Riigikantselei, lk 540
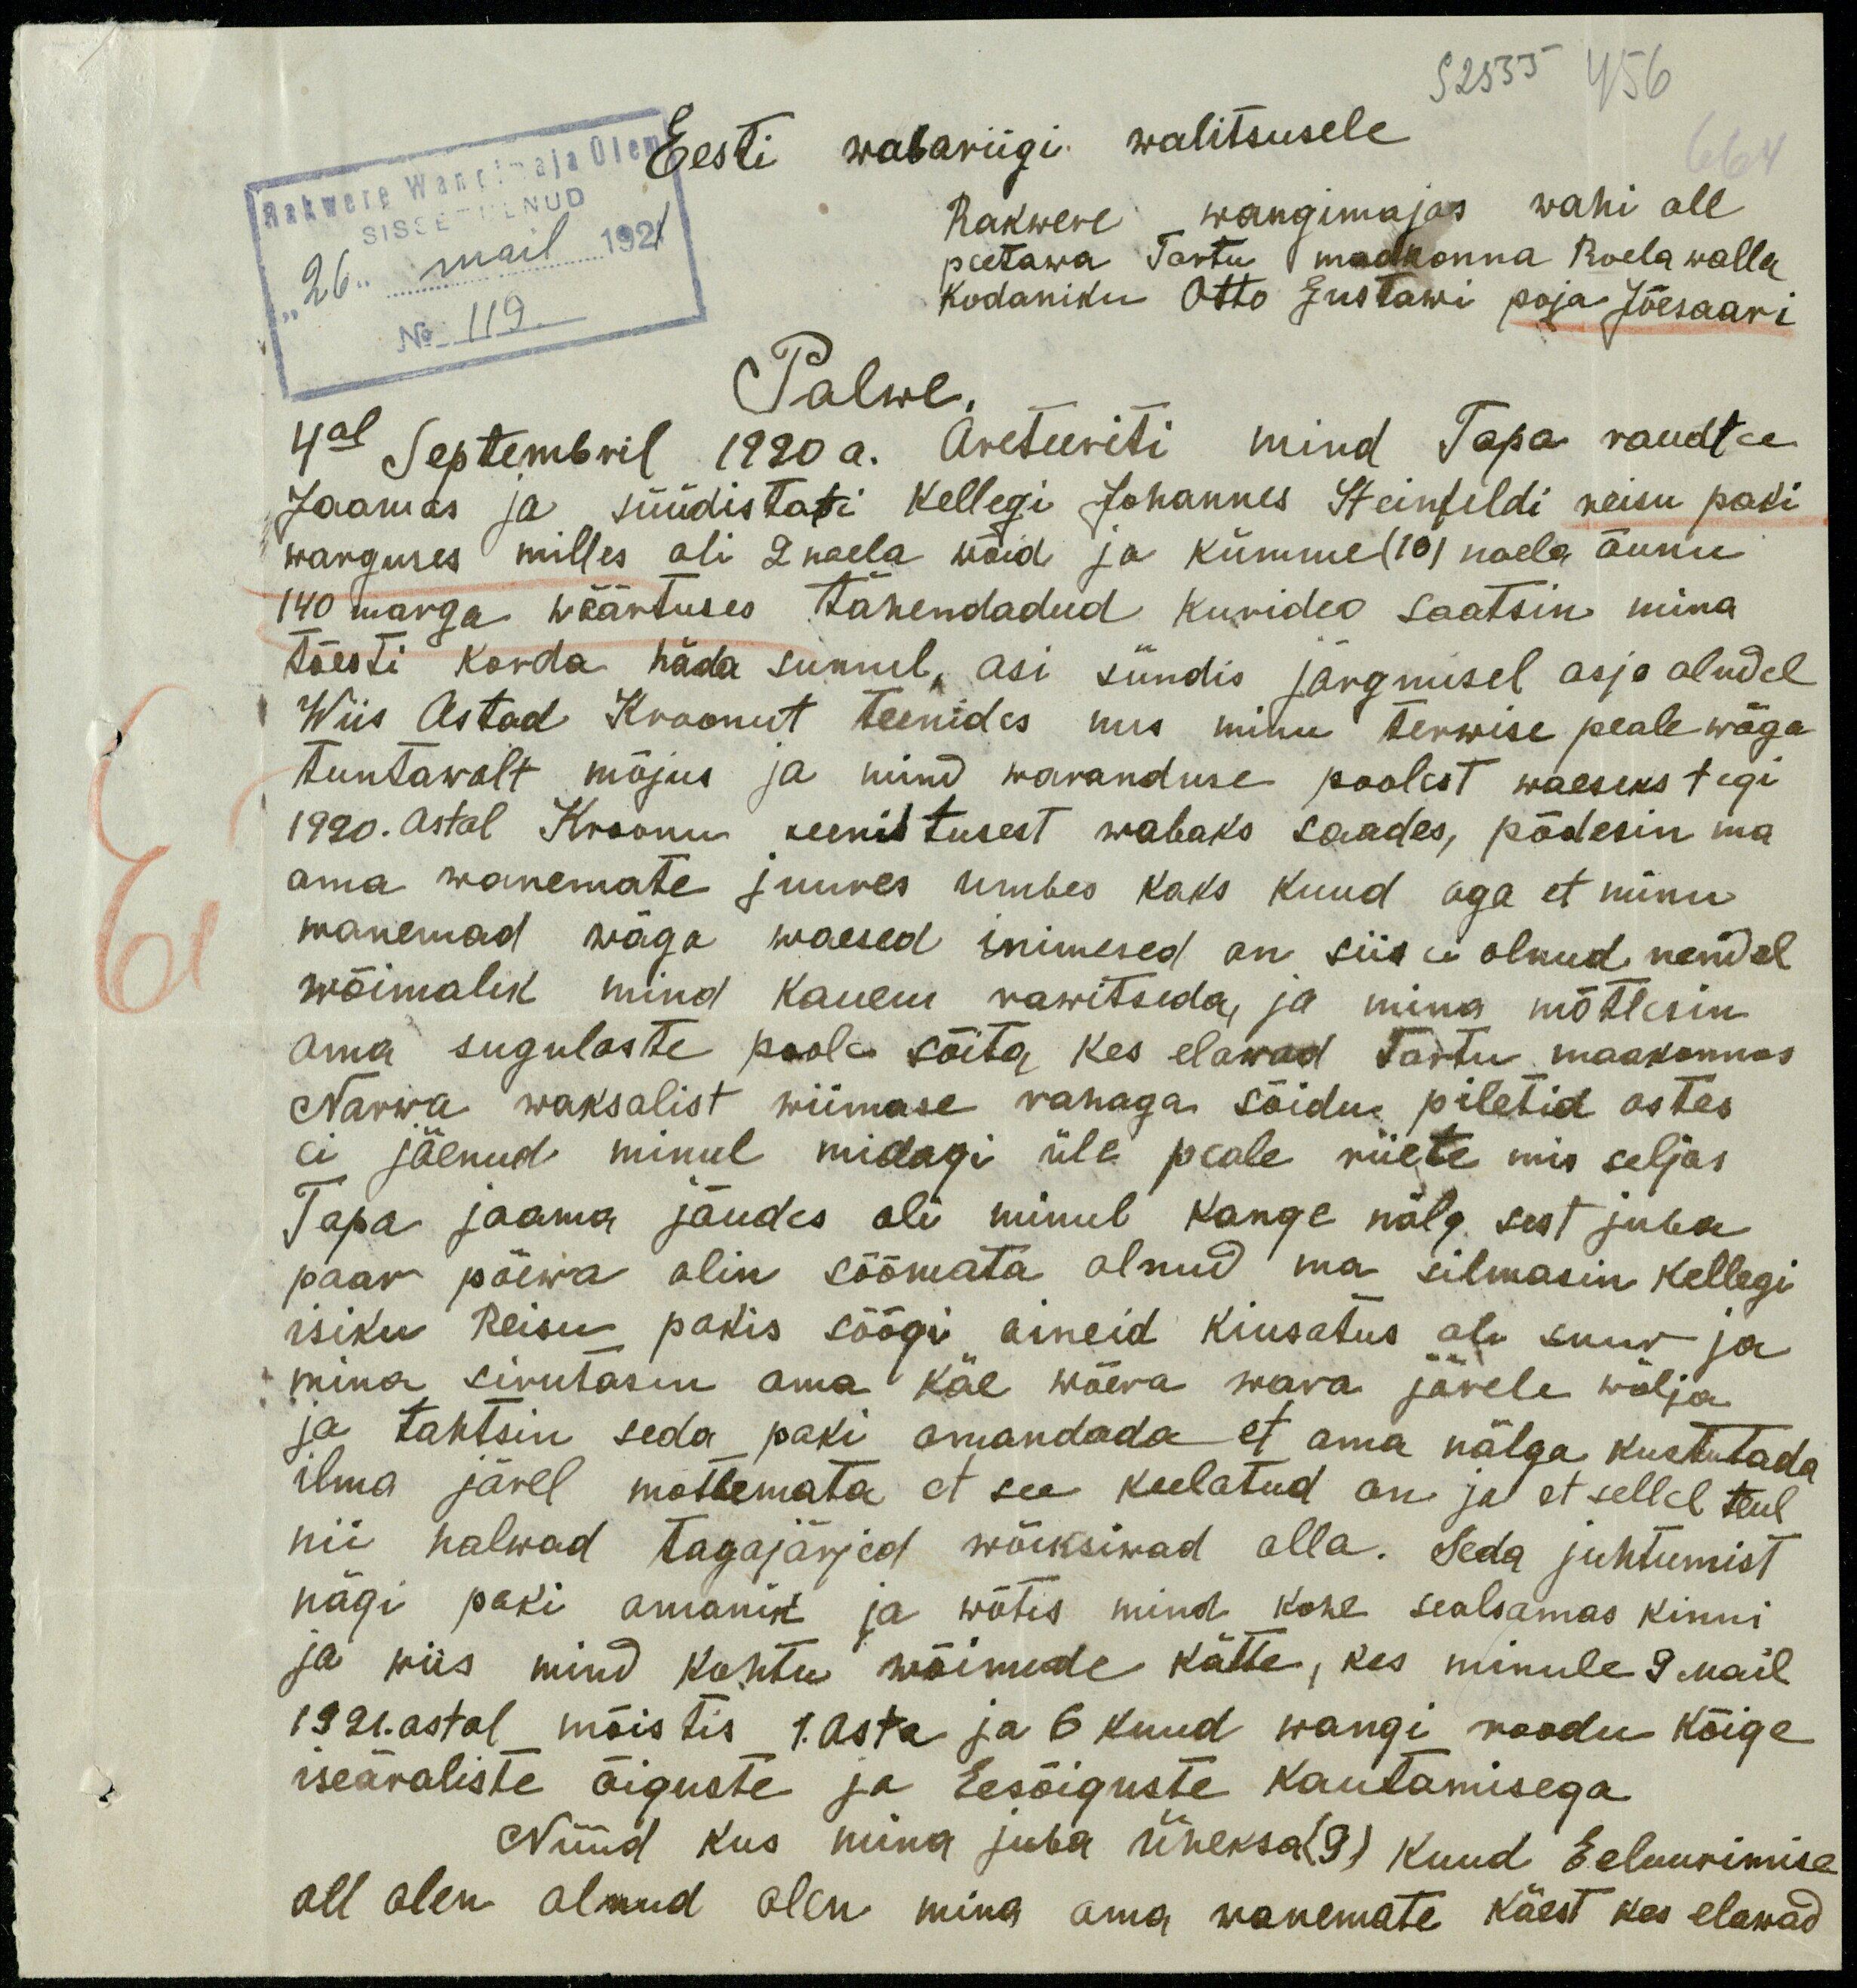
Eesti wabariigi walitsusele
Rakwere Wangmaja Ülem
"26" mail 1921
SISSETULNUD
Rakwere wangimajas wahi all
peetawa Tartu maakonna Roela walla
No 119
Kodaniku Otto Gustawi poja Jõesaari
Palwe.
4al Septembril 1920.a. areteeriti mind Tapa raudtee
Jaamas ja süüdistati kellegi Johannes Steinfeldi reisu paki
warguses milles oli 2 naela wõid ja kümme (10) naela õunu
140 marga wäärtuses tähendadud kurideo saatsin mina
tõesti korda häda sunnil, asi sündis järgmisel asja oludel
Wiis Astad Kroonut teenides mis minu terwise peale wäga
tuntawalt mõjus ja mind waranduse poolest waeseks tegi
1920. astal Kroonu teenistusest wabaks saades, põdesin ma
oma wanemate juures umbes kaks kuud aga et minu
wanemad wäga waesed inimesed on siis ei olnud nendel
wõimalik mind kauem rawitseda, ja mina mõtlesin
oma sugulaste poole sõita kes elawad Tartu maakonnas
Narwa waksalist wiimase rahaga sõidu piletid ostes
ei jäenud minul midagi üle peale riiete mis seljas.
Tapa jaama jõudes oli minul kange nälg sest juba
paar päewa olin söömata olnud ma silmasin kellegi
isiku Reisu pakis söögi aineid kiusatus oli suur ja
mina sirutasin oma käe wõera wara järele wälja
ja tahtsin seda paki omandada et oma nälga kustutada
ilma järel mõtlemata et see keelatud on ja et sellel teel
nii halwad tagajärjed wõiksiwad alla. Seda juhtumist
nägi paki omanik ja wõtis mind kohe sealsamas kinni
ja wiis mind kohtu wõimude kätte, kes minule 9 mail
1921. astal mõistis 1. asta ja 6 kuud wangi roodu kõige
iseäraliste õiguste ja Eesõiguste kautamisega.
Nüüd kus mina juba üheksa (9) kuud Eeluurimise
all olen olnud olen mina oma wanemate käest kes elawad